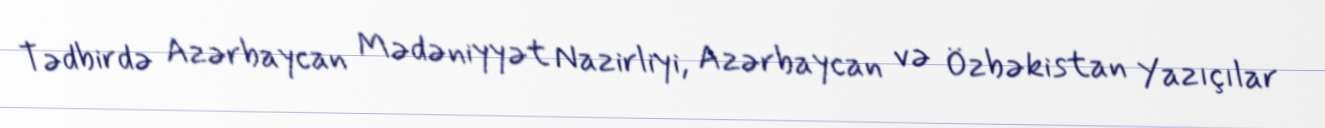
Tədbirdə Azərbaycan Mədəniyyət Nazirliyi, Azərbaycan və Özbəkistan Yazıçılar